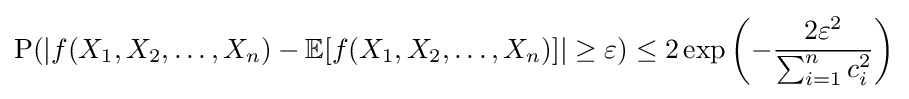
{\text{P}}(|f(X_{1},X_{2},\ldots ,X_{n})-\mathbb {E} [f(X_{1},X_{2},\ldots ,X_{n})]|\geq \varepsilon )\leq 2\exp \left(-{\frac {2\varepsilon ^{2}}{\sum _{i=1}^{n}c_{i}^{2}}}\right)